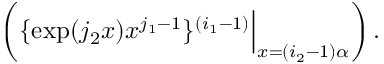
\left( \{ \exp ( j _ { 2 } x ) x ^ { j _ { 1 } - 1 } \} ^ { ( i _ { 1 } - 1 ) } { \Big | } _ { x = ( i _ { 2 } - 1 ) \alpha } \right) .